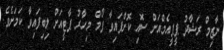
ނާޒިމް ރަޝާދު ޕީޕީއެމްއަށް ސޮއި ކޮށްފައިވާ ފޯމް މިހާރު ޕާޓީއަށް ލިބިފައިވާ ކަމަށެވެ.